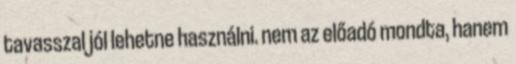
tavasszal jól lehetne használni. nem az előadó mondta, hanem